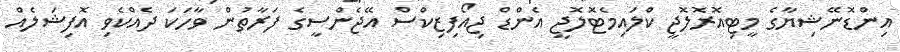
އިންޑޮނޭޝިޔާގެ މީޓިއޮރޮލޮޖީ ކްލައިމެޓޮލޮޖީ އެންޑް ޖިއޯފިޒިކްސް އޭޖެންސީގެ ފަރާތުން ވާހަކަ ދެއްކެވި އޮފިޝަލެއް